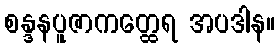
စန္ဒနပူဇာကတ္ထေရ အပဒါန။